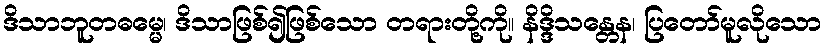
ဒိသာဘူတဓမ္မေ၊ ဒိသာဖြစ်၍ဖြစ်သော တရားတို့ကို။ နိဒ္ဒိသန္တေန၊ ပြတော်မူလိုသော